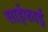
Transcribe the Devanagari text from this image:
साईफाई